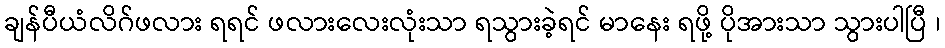
ချန်ပီယံလိဂ်ဖလား ရရင် ဖလားလေးလုံးသာ ရသွားခဲ့ရင် မာနေး ရဖို့ ပိုအားသာ သွားပါပြီ ၊